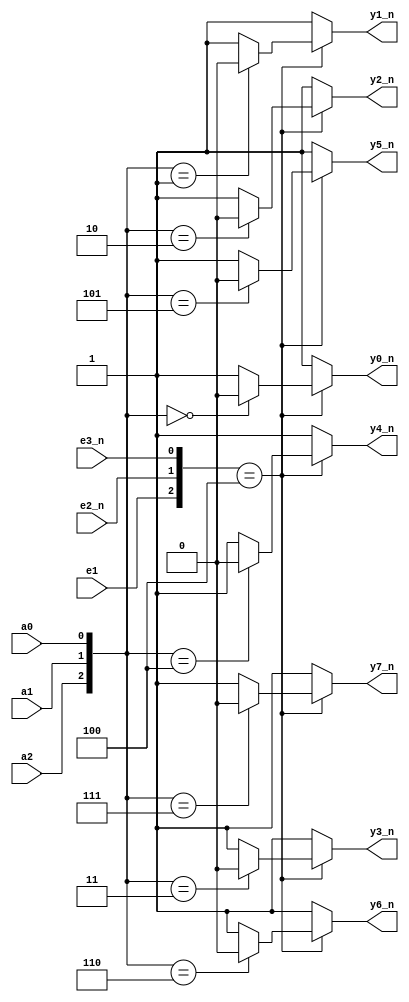
`timescale 1ns / 1ps
/////////////////////////////////////////////////////////////////
// Module Name: decoder_3_to_8
// Description: A 3-to-8 Line Decoder/Demultiplexer with DELAY configuration parameter
// Parameters: DELAY
/////////////////////////////////////////////////////////////////

module decoder_3_to_8 #(parameter DELAY = 10)(
    input wire a0,a1,a2,e1,e2_n,e3_n,
    output wire y0_n,y1_n,y2_n,y3_n,y4_n,y5_n,y6_n,y7_n
    );
    
    reg [7:0]y;
    integer i;
    
    always@*
        if({e1,e2_n,e3_n} == 3'b100)
            for(i=0; i<=7; i=i+1)
                if({a2,a1,a0} == i)
                    y[i]=0;
                else
                    y[i]=1;
        else
            y = 8'hff;
            
    assign #DELAY y0_n = y[0];            
    assign #DELAY y1_n = y[1];            
    assign #DELAY y2_n = y[2];            
    assign #DELAY y3_n = y[3];            
    assign #DELAY y4_n = y[4];            
    assign #DELAY y5_n = y[5];            
    assign #DELAY y6_n = y[6];            
    assign #DELAY y7_n = y[7];
                
endmodule